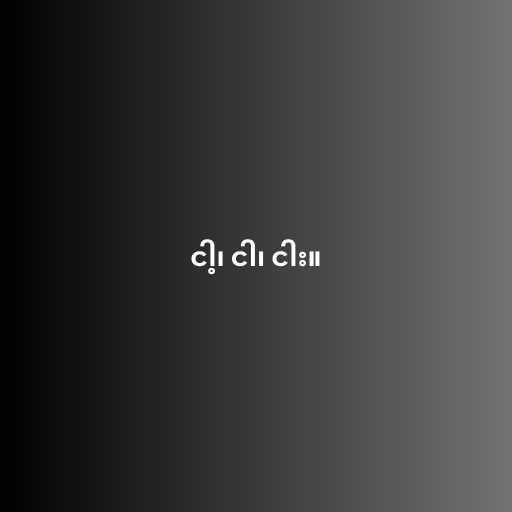
ငါ့၊ ငါ၊ ငါး။